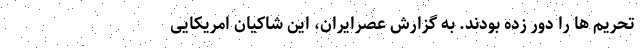
تحریم ها را دور زده بودند. به گزارش عصرایران، این شاکیان امریکایی